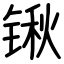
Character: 锹